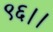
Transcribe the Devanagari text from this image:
९६।।